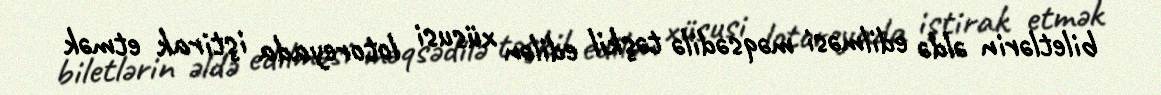
biletlərin əldə edilməsi məqsədilə təşkil edilən xüsusi lotoreyada iştirak etmək